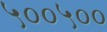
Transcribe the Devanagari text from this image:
५००५००